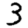
Digit: 3